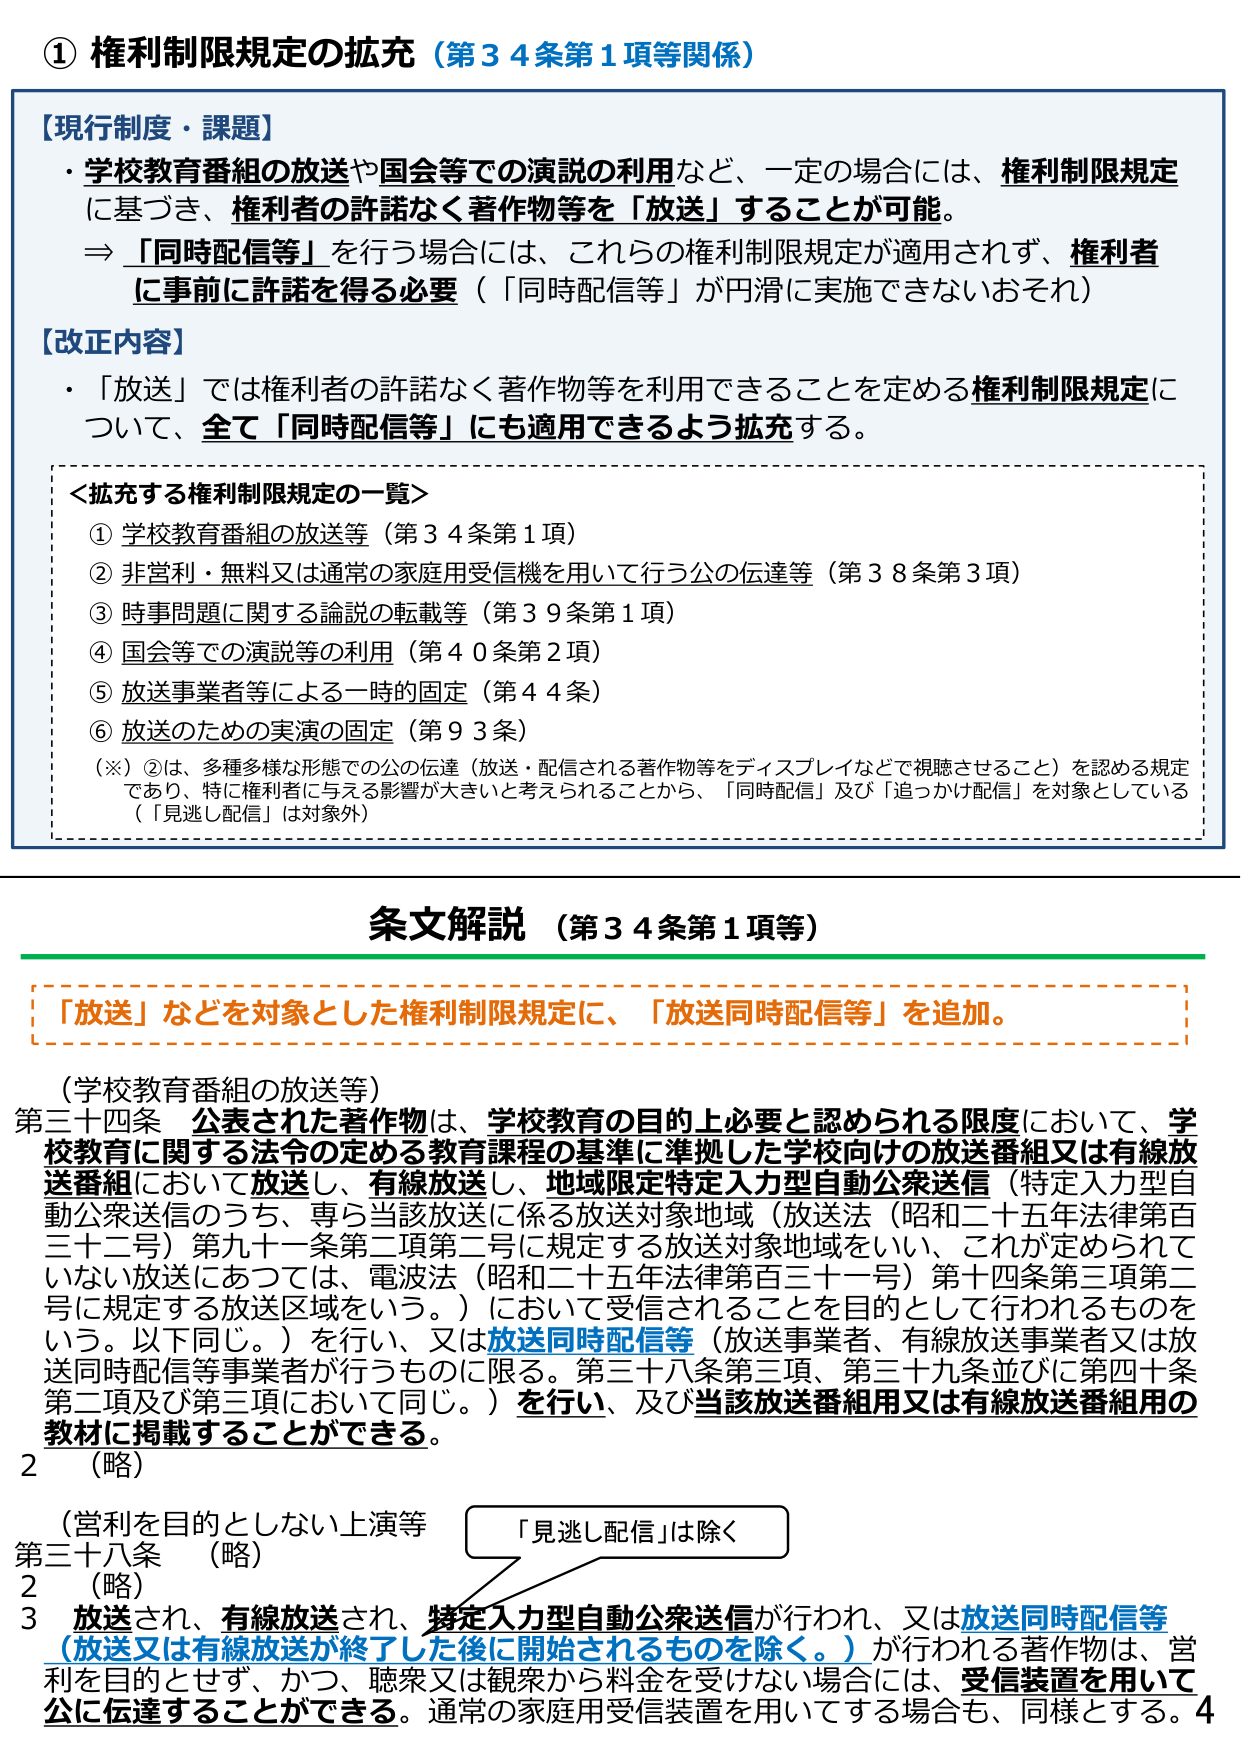
① 権利制限規定の拡充（第34条第1項等関係）

【現行制度・課題】
・学校教育番組の放送や国会等での演説の利用など、一定の場合には、権利制限規定に基づき、権利者の許諾なく著作物等を「放送」することが可能。
⇒「同時配信等」を行う場合には、これらの権利制限規定が適用されず、権利者に事前に許諾を得る必要（「同時配信等」が円滑に実施できないおそれ）

【改正内容】
・「放送」では権利者の許諾なく著作物等を利用できることを定める権利制限規定について、全て「同時配信等」にも適用できるよう拡充する。

＜拡充する権利制限規定の一覧＞
① 学校教育番組の放送等（第34条第1項）
② 非営利・無料又は通常の家庭用受信機を用いて行う公の伝達等（第38条第3項）
③ 時事問題に関する論説の転載等（第39条第1項）
④ 国会等での演説等の利用（第40条第2項）
⑤ 放送事業者等による一時的固定（第44条）
⑥ 放送のための実演の固定（第93条）

（※）②は、多種多様な形態での公の伝達（放送・配信される著作物等をディスプレイなどで視聴させること）を認める規定であり、特に権利者に与える影響が大きいと考えられることから、「同時配信」及び「追っかけ配信」を対象としている（「見逃し配信」は対象外）

条文解説（第34条第1項等）

「放送」などを対象とした権利制限規定に、「放送同時配信等」を追加。

（学校教育番組の放送等）
第三十四条 公表された著作物は、学校教育の目的上必要と認められる限度において、学校教育に関する法令の定める教育課程の基準に準拠した学校向けの放送番組又は有線放送番組において放送し、有線放送し、地域限定特定入力型自動公衆送信（特定入力型自動公衆送信のうち、専ら当該放送に係る放送対象地域（放送法（昭和二十五年法律第百三十二号）第九十一条第二項第二号に規定する放送対象地域をいい、これが定められていない放送にあつては、電波法（昭和二十五年法律第百三十一号）第十四条第三項第二号に規定する放送区域をいう。）において受信されることを目的として行われるものをいう。以下同じ。）を行い、又は放送同時配信等（放送事業者、有線放送事業者又は放送同時配信等事業者が行うものに限る。第三十八条第三項、第三十九条並びに第四十条第二項及び第三項において同じ。）を行い、及び当該放送番組用又は有線放送番組用の教材に掲載することができる。

2 （略）

（営利を目的としない上演等
第三十八条 （略）
2 （略）
3 放送され、有線放送され、特定入力型自動公衆送信が行われ、又は放送同時配信等（放送又は有線放送が終了した後に開始されるものを除く。）が行われる著作物は、営利を目的とせず、かつ、聴衆又は観衆から料金を受けない場合には、受信装置を用いて公に伝達することができる。通常の家庭用受信装置を用いてする場合も、同様とする。

「見逃し配信」は除く